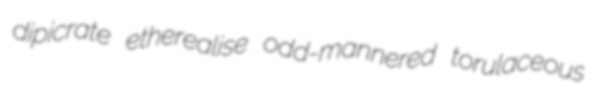
dipicrate etherealise odd-mannered torulaceous